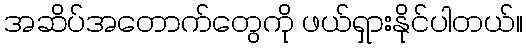
အဆိပ်အတောက်တွေကို ဖယ်ရှားနိုင်ပါတယ်။